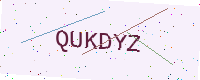
Text: QUKDYZ